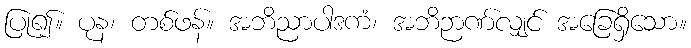
ပြု၍။ ပုန၊ တစ်ဖန်။ အဘိညာပါဒကံ၊ အဘိဉာဏ်လျှင် အခြေရှိသော။